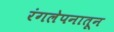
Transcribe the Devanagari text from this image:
रंगलेपनातून